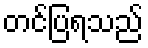
တင်ပြရသည်